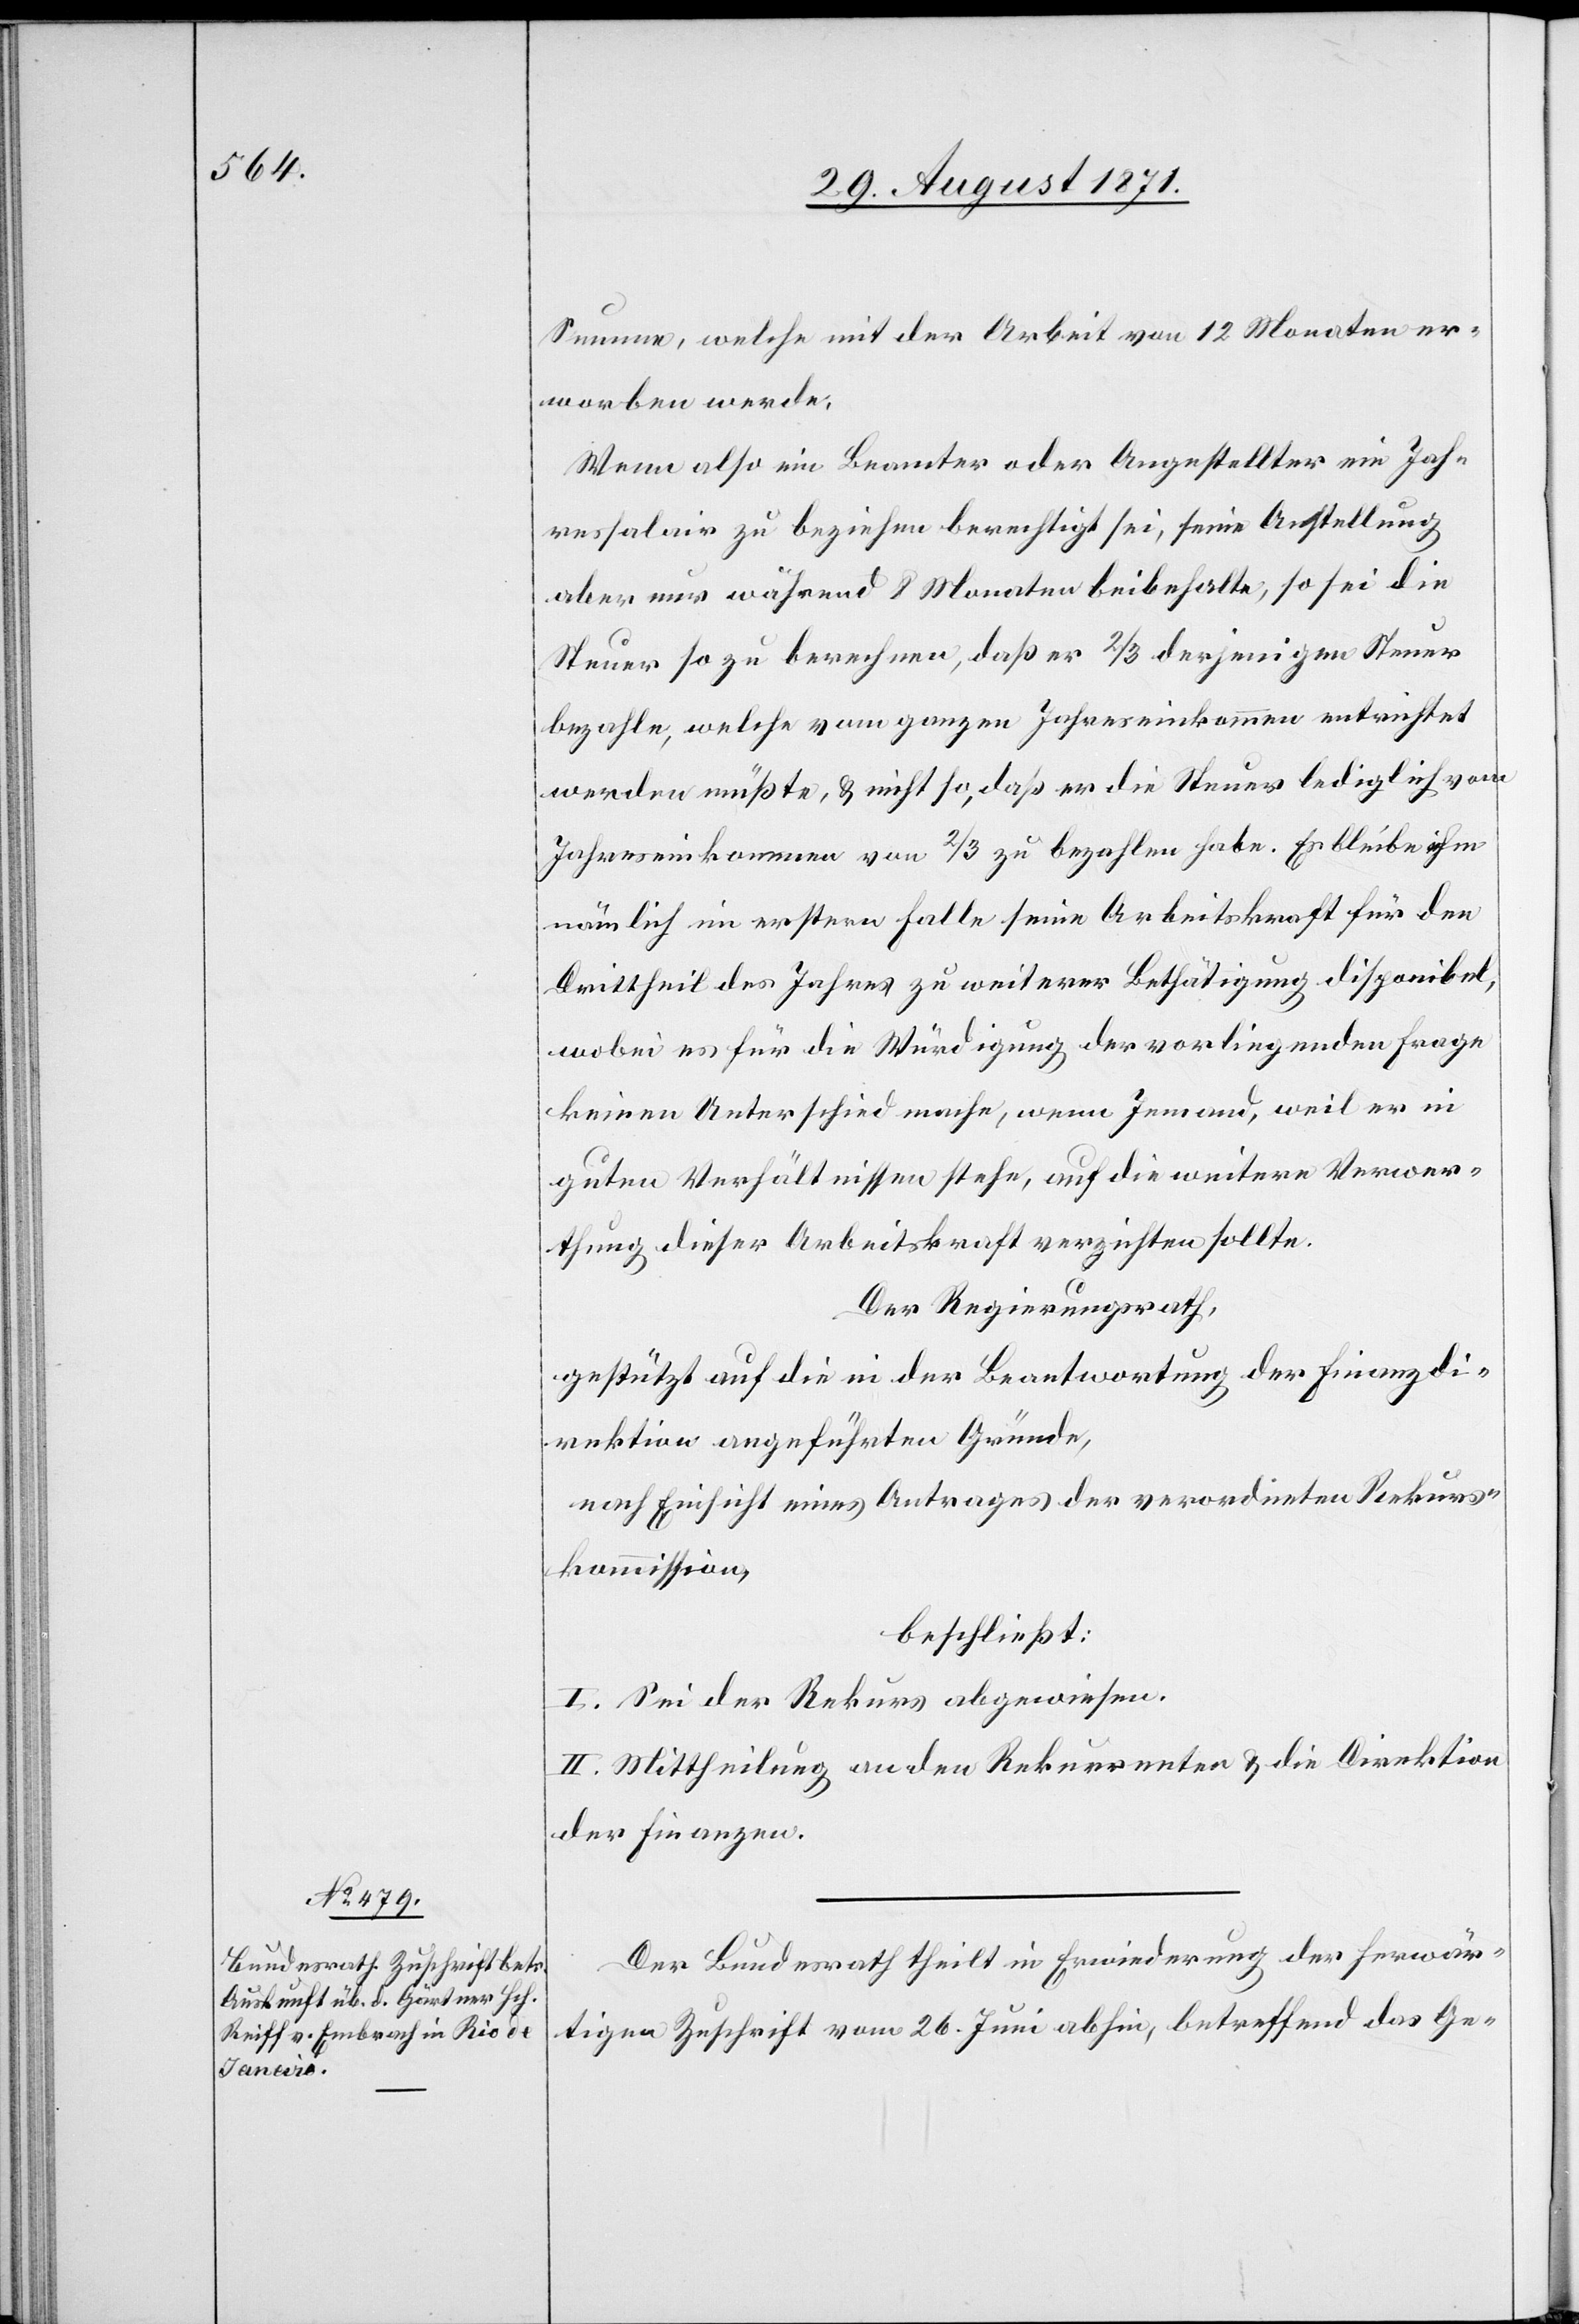
31. August 1871.]
Summe, welche mit der Arbeit von 12 Monaten er¬
worben werde.
Wenn also ein Beamter oder Angestellter ein Jah¬
ressalair zu beziehen berechtigt sei, seien Anstellung
aber nur während 8 Monaten beibehalte, so sei die
Steuer so zu berechnen, daß er 2/3 zu bezahlen habe.
nämlich im erstern Falle seine Arbeitskraft für den
Drittheil des Jahres zu weiterer Bethätigung disponibel,
wobei es für die Würdigung der vorliegenden Frage
keinen Unterschied mache, wenn Jemand, weil er in
guten Verhältnissen stehe, auf die weitere Verwer¬
thung dieser Arbeitskraft verzichten sollte.
Der Regierungsrath,
gestützt auf die in der Beantwortung der Finanzdi¬
rektion angeführten Gründe,
nach Einsicht eines Antrages der verordneten Rekurs¬
kommission,
beschließt:
I. Sei der Rekurs abgewiesen.
II. Mittheilung an den Rekurrenten & die Direktion
der Finanzen.
Der Bundesrath theilt in Erwiederung der herwär¬
tigen Zuschrift vom 26. Juni abhin, betreffend das Ge-